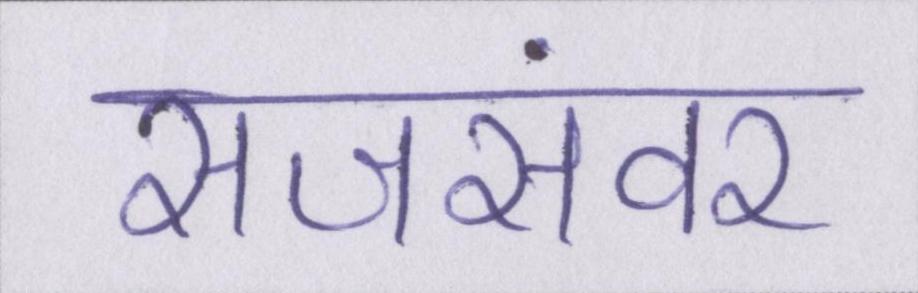
सजसंवर